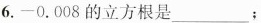
6.-0.008的立方根是___；